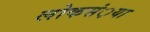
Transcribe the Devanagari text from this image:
लोकसं़या